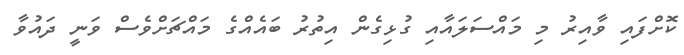
ކޮށްފައި ވާއިރު މި މައްސަލައާއި ގުޅިގެން އިތުރު ބައެއްގެ މައްޗަށްވެސް ވަނީ ދައުވާ